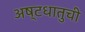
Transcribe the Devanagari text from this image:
अष्टधातुची